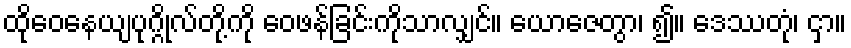
ထိုဝေနေယျပုဂ္ဂိုလ်တို့ကို ဝေဖန်ခြင်းကိုသာလျှင်။ ယောဇေတွာ၊ ၍။ ဒေဿတုံ၊ ငှာ။